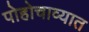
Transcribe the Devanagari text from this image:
पोहोचाव्यात